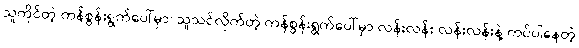
သူကိုင်တဲ့ ကန်စွန်းရွက်ပေါ်မှာ၊ သူသင်လိုက်တဲ့ ကန်စွန်းရွက်ပေါ်မှာ လန်းလန်း လန်းလန်းနဲ့ ကပ်ပါနေတဲ့